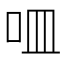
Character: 𠰘